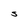
Character: S